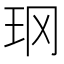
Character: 𱮴